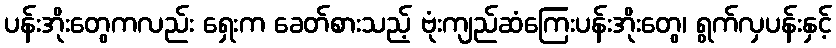
ပန်းအိုးတွေကလည်း ရှေးက ခေတ်စားသည့် ဗုံးကျည်ဆံကြေးပန်းအိုးတွေ၊ ရွက်လှပန်းနှင့်